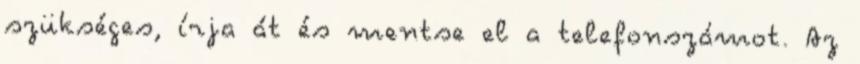
szükséges, írja át és mentse el a telefonszámot. Az